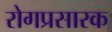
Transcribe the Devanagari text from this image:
रोगप्रसारक